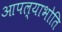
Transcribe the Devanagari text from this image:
आपल्याभोति